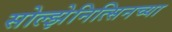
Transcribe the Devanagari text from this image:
सोल्झेनित्सिनच्या